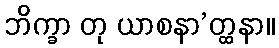
ဘိက္ခာ တု ယာစနာ’တ္ထနာ။